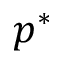
p ^ { * }